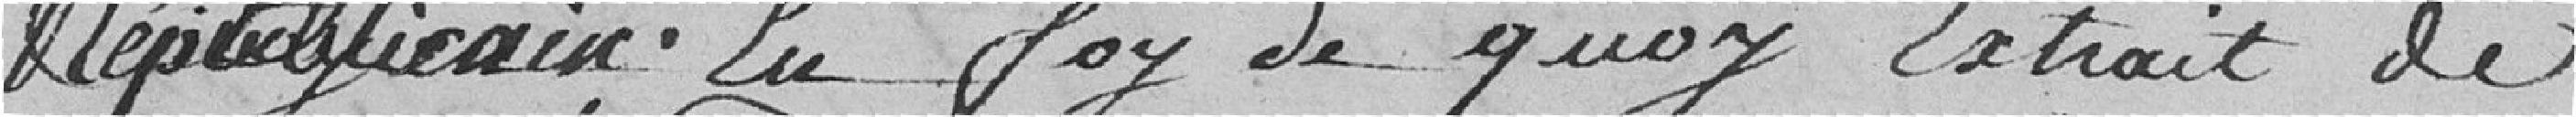
républicain. En foi de quoi extrait de